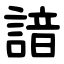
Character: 諳